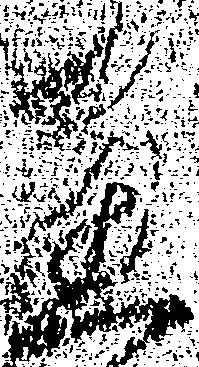
尽